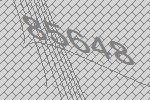
85648